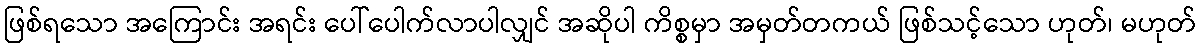
ဖြစ်ရသော အကြောင်း အရင်း ပေါ်ပေါက်လာပါလျှင် အဆိုပါ ကိစ္စမှာ အမှတ်တကယ် ဖြစ်သင့်သော ဟုတ်၊ မဟုတ်